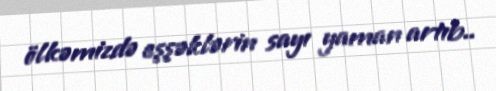
ölkəmizdə eşşəklərin sayı yaman artıb..